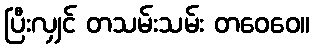
ပြီးလျှင် တသမ်းသမ်း တဝေဝေ။